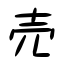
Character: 売